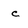
Character: c